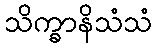
သိက္ခာနိသံသံ